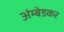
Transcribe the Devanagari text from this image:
अंम्बेडकर